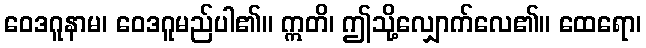
ဝေဒဂူနာမ၊ ဝေဒဂူမည်ပါ၏။ ဣတိ၊ ဤသို့လျှောက်လေ၏။ ထေရော၊